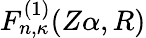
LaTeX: F_{n,\kappa}^{(1)}(Z\alpha,R)